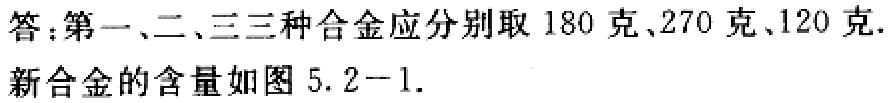
答：第一、二、三三种合金应分别取 180 克、270 克、120 克.
新合金的含量如图 5.2 - 1.